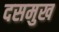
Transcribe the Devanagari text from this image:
दसमुख